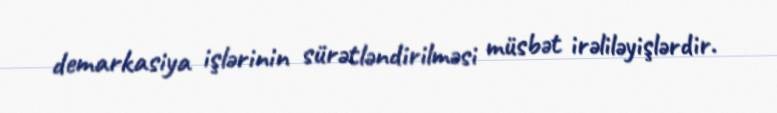
demarkasiya işlərinin sürətləndirilməsi müsbət irəliləyişlərdir.